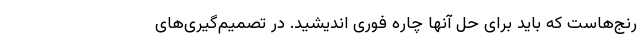
رنج‌هاست که باید برای حل آنها چاره فوری اندیشید. در تصمیم‌گیری‌های